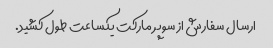
ارسال سفارش از سوپر مارکت یکساعت طول کشید.